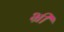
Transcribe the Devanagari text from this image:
भ्री